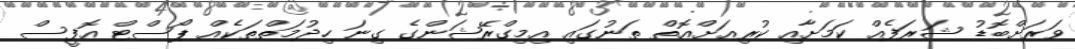
ވަރަށްބޮޑު ޝަރަފެއް ކަމަށާއި ކުރިއަށްއޮތް ތަނުގައި އިމިގްރޭޝަންގެ ގިނަ ހިދުމަތްތަކެއް ޕޯސްޓް އޮފީސް